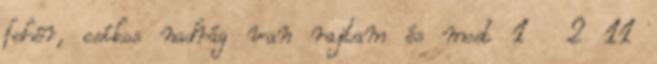
fehér, csíkos nadrág van rajtam és most 1 2 11